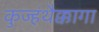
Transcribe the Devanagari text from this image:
कुज्हंथैक्कागा